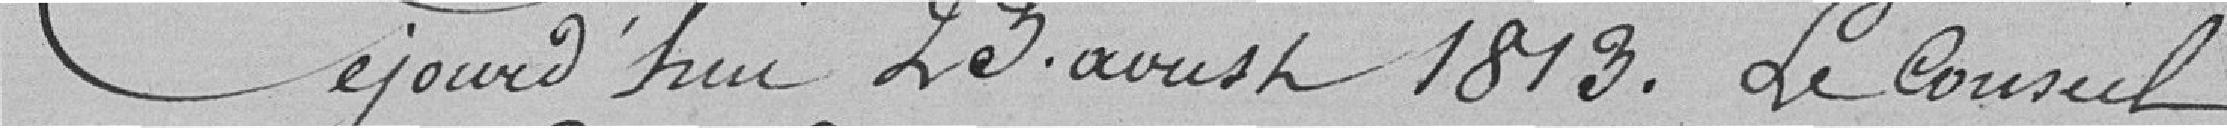
Cejourd'hui 23 aoust 1813. Le conseil